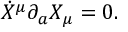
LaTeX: \dot { X } ^ { \mu } \partial _ { a } X _ { \mu } = 0 .